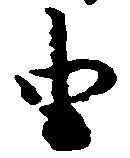
由